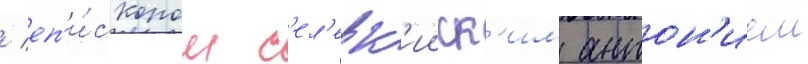
/ еп'и́скопом с'ел'евк'ииск'им антон'ием